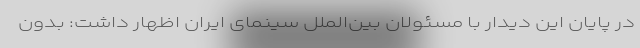
در پایان این دیدار با مسئولان بین‌الملل سینمای ایران اظهار داشت: بدون